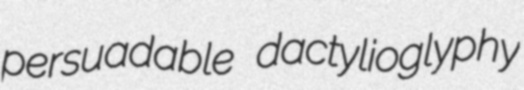
persuadable dactylioglyphy